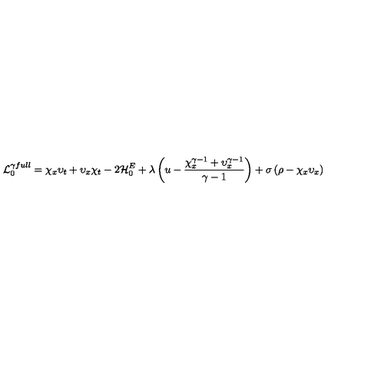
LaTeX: { \cal L } _ { 0 } ^ { \gamma f u l l } = \chi _ { x } \upsilon _ { t } + \upsilon _ { x } \chi _ { t } - 2 { \cal H } _ { 0 } ^ { E } + \lambda \left( u - \frac { \chi _ { x } ^ { \gamma - 1 } + \upsilon _ { x } ^ { \gamma - 1 } } { \gamma - 1 } \right) + \sigma \left( \rho - \chi _ { x } \upsilon _ { x } \right)